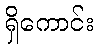
ရှိကောင်း